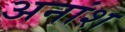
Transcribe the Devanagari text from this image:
अनांश